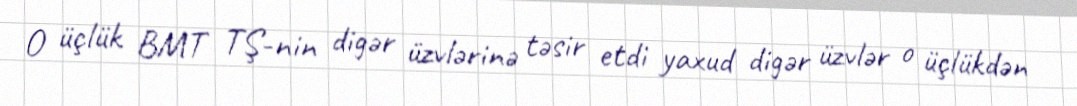
O üçlük BMT TŞ-nin digər üzvlərinə təsir etdi yaxud digər üzvlər o üçlükdən